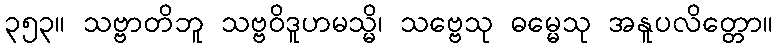
၃၅၃။ သဗ္ဗာတိဘူ သဗ္ဗဝိဒူဟမသ္မိ၊ သဗ္ဗေသု ဓမ္မေသု အနူပလိတ္တော။